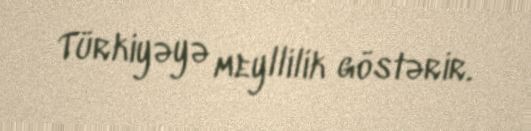
Türkiyəyə meyllilik göstərir.